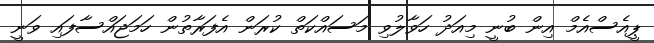
ޕީއެސްއެމް އިން ބުނީ މިއަދު ހަވާލުވި މަސައްކަތް ކުރަން އެފަރާތުން ހަމަޖައްސާފައި ވަނީ